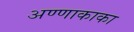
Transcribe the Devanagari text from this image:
अण्णाकाका